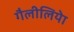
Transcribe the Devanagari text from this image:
गैलीलियेा